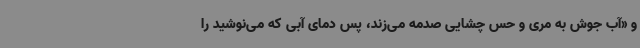
و «آب جوش به مری و حس چشایی صدمه می‌زند، پس دمای آبی که می‌نوشید را